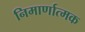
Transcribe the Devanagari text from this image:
निमार्णात्मक